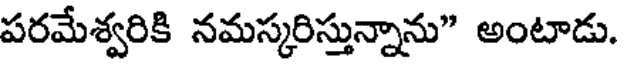
పరమేశ్వరికి నమస్కరిస్తున్నాను" అంటాడు.